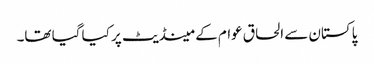
پاکستان سے الحاق عوام کے مینڈیٹ پر کیا گیا تھا۔